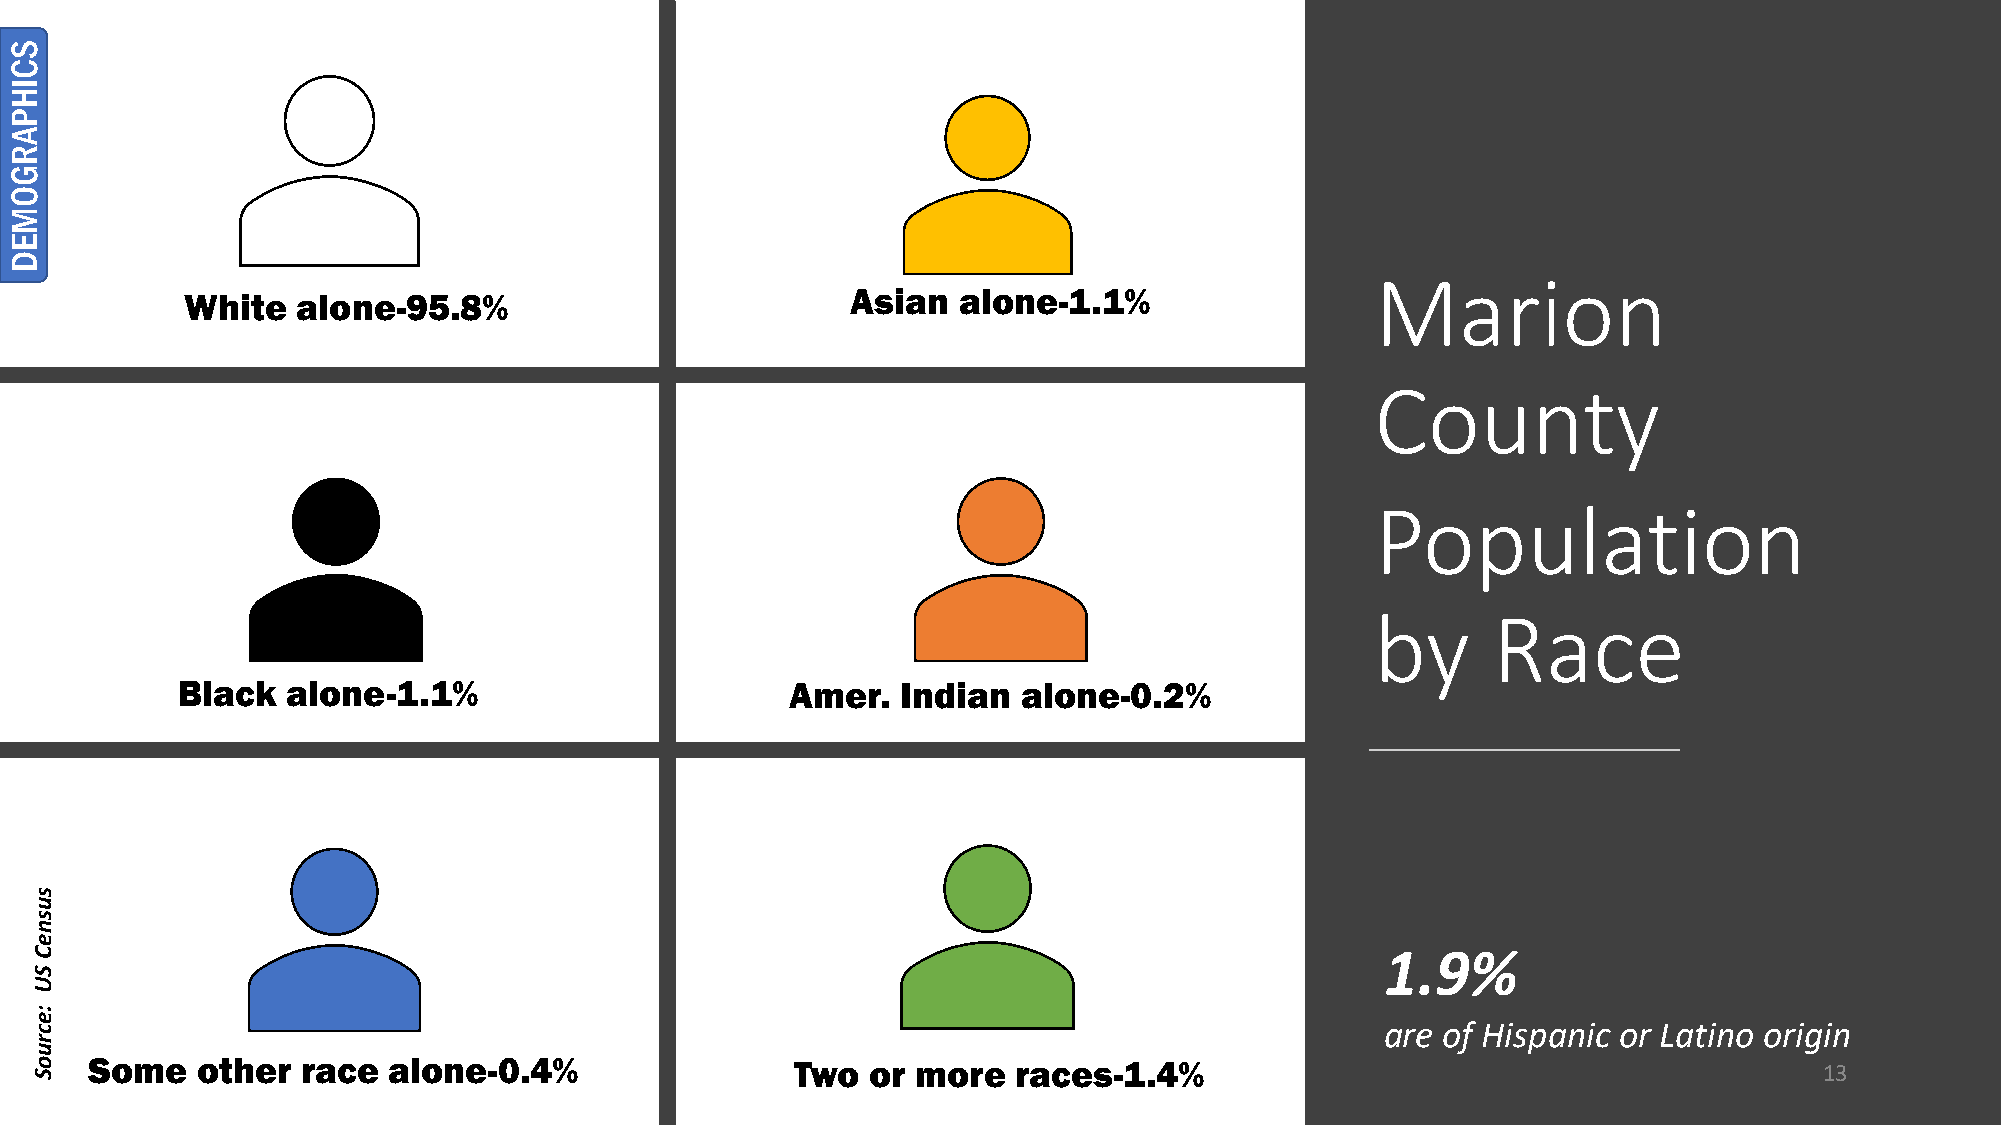
Marion
 White   alone-95.8%                         Asian  alone-1.1%
 County
 Population
 by      Race
 Black  alone-1.1%                       Amer.   Indian  alone-0.2%
 1.9%
 are of Hispanic or Latino origin
 Some   other  race  alone-0.4%                 Two or  more  races-1.4%                                            13
 SCIHPARGOMED
 susneC
 SU
 :ecruoS